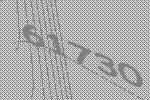
61730